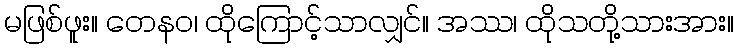
မဖြစ်ဖူး။ တေနဝ၊ ထိုကြောင့်သာလျှင်။ အဿ၊ ထိုသတို့သားအား။